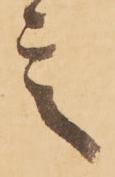
言